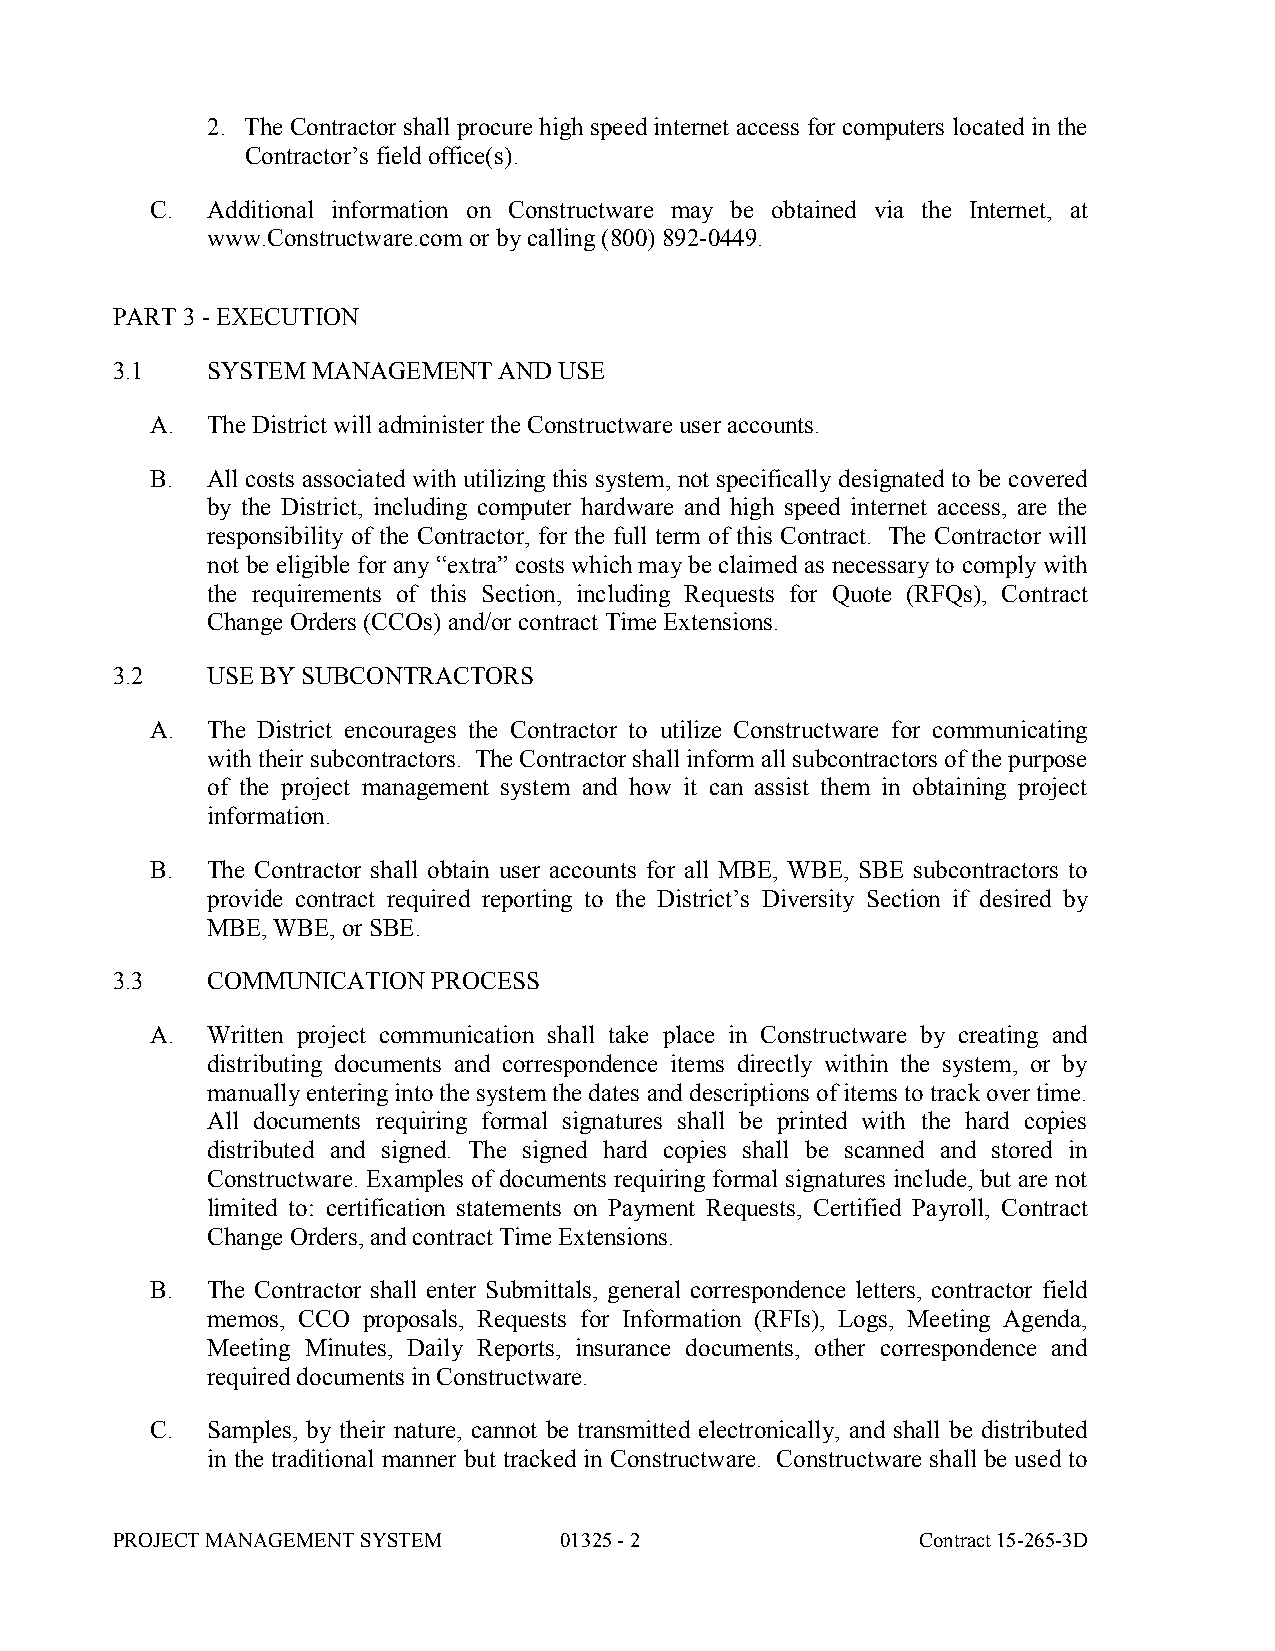
2. The Contractor shall procure high speed internet access for computers located in the
 Contractor’s field office(s).
 C.  Additional information on Constructware may be obtained via the Internet, at
 www.Constructware.com or by calling (800) 892-0449.
 PART 3 - EXECUTION
 3.1    SYSTEM MANAGEMENT  AND USE
 A.  The District will administer the Constructware user accounts.
 B.  All costs associated with utilizing this system, not specifically designated to be covered
 by the District, including computer hardware and high speed internet access, are the
 responsibility of the Contractor, for the full term of this Contract. The Contractor will
 not be eligible for any “extra” costs which may be claimed as necessary to comply with
 the requirements of this Section, including Requests for Quote (RFQs), Contract
 Change Orders (CCOs) and/or contract Time Extensions.
 3.2    USE BY SUBCONTRACTORS
 A.  The District encourages the Contractor to utilize Constructware for communicating
 with their subcontractors. The Contractor shall inform all subcontractors of the purpose
 of the project management system and how it can assist them in obtaining project
 information.
 B.  The Contractor shall obtain user accounts for all MBE, WBE, SBE subcontractors to
 provide contract required reporting to the District’s Diversity Section if desired by
 MBE, WBE, or SBE.
 3.3    COMMUNICATION  PROCESS
 A.  Written project communication shall take place in Constructware by creating and
 distributing documents and correspondence items directly within the system, or by
 manually entering into the system the dates and descriptions of items to track over time.
 All documents requiring formal signatures shall be printed with the hard copies
 distributed and signed. The signed hard copies shall be scanned and stored in
 Constructware. Examples of documents requiring formal signatures include, but are not
 limited to: certification statements on Payment Requests, Certified Payroll, Contract
 Change Orders, and contract Time Extensions.
 B.  The Contractor shall enter Submittals, general correspondence letters, contractor field
 memos, CCO proposals, Requests for Information (RFIs), Logs, Meeting Agenda,
 Meeting Minutes, Daily Reports, insurance documents, other correspondence and
 required documents in Constructware.
 C.  Samples, by their nature, cannot be transmitted electronically, and shall be distributed
 in the traditional manner but tracked in Constructware. Constructware shall be used to
 PROJECT MANAGEMENT SYSTEM     01325 - 2               Contract 15-265-3D